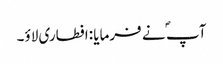
آپ ؐ نے فرمایا :افطاری لاؤ۔